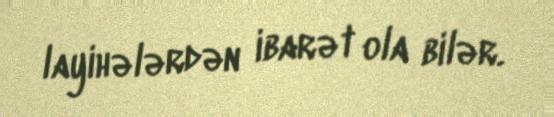
layihələrdən ibarət ola bilər.